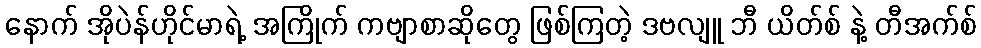
နောက် အိုပဲန်ဟိုင်မာရဲ့ အကြိုက် ကဗျာစာဆိုတွေ ဖြစ်ကြတဲ့ ဒဗလျူ ဘီ ယိတ်စ် နဲ့ တီအက်စ်